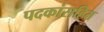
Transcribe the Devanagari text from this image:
पदकांसहित